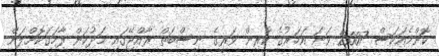
ކޮންމެއަކަސް 2007 ވަނަ އަހަރުގެ ކުރިން ވަރީގެ ނިސްބަތް ރާއްޖޭގައި މަދުކަން ފާހަގަކޮށްލަން